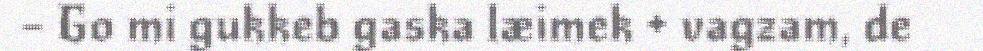
– Go mi gukkeb gaska læimek + vagzam, de